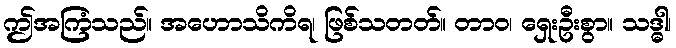
ဤအကြံသည်။ အဟောသိကိရ၊ ဖြစ်သတတ်။ တာဝ၊ ရှေးဦးစွာ။ သဒ္ဓါ၊